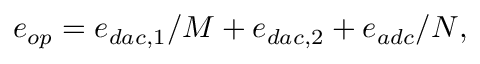
e _ { o p } = e _ { d a c , 1 } / M + e _ { d a c , 2 } + e _ { a d c } / N ,